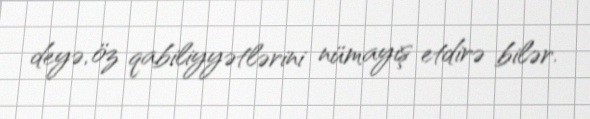
deyə, öz qabiliyyətlərini nümayiş etdirə bilər.